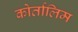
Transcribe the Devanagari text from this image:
कोर्तालिम